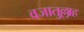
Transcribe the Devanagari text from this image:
वजातुल्लाह